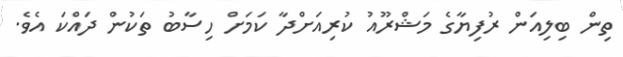
ތިން ބިލިއަން ރުފިޔާގެ މަޝްރޫއު ކުރިއަށްދާ ކަމަށް ހިސާބު ތަކުން ދައްކަ އެވެ.